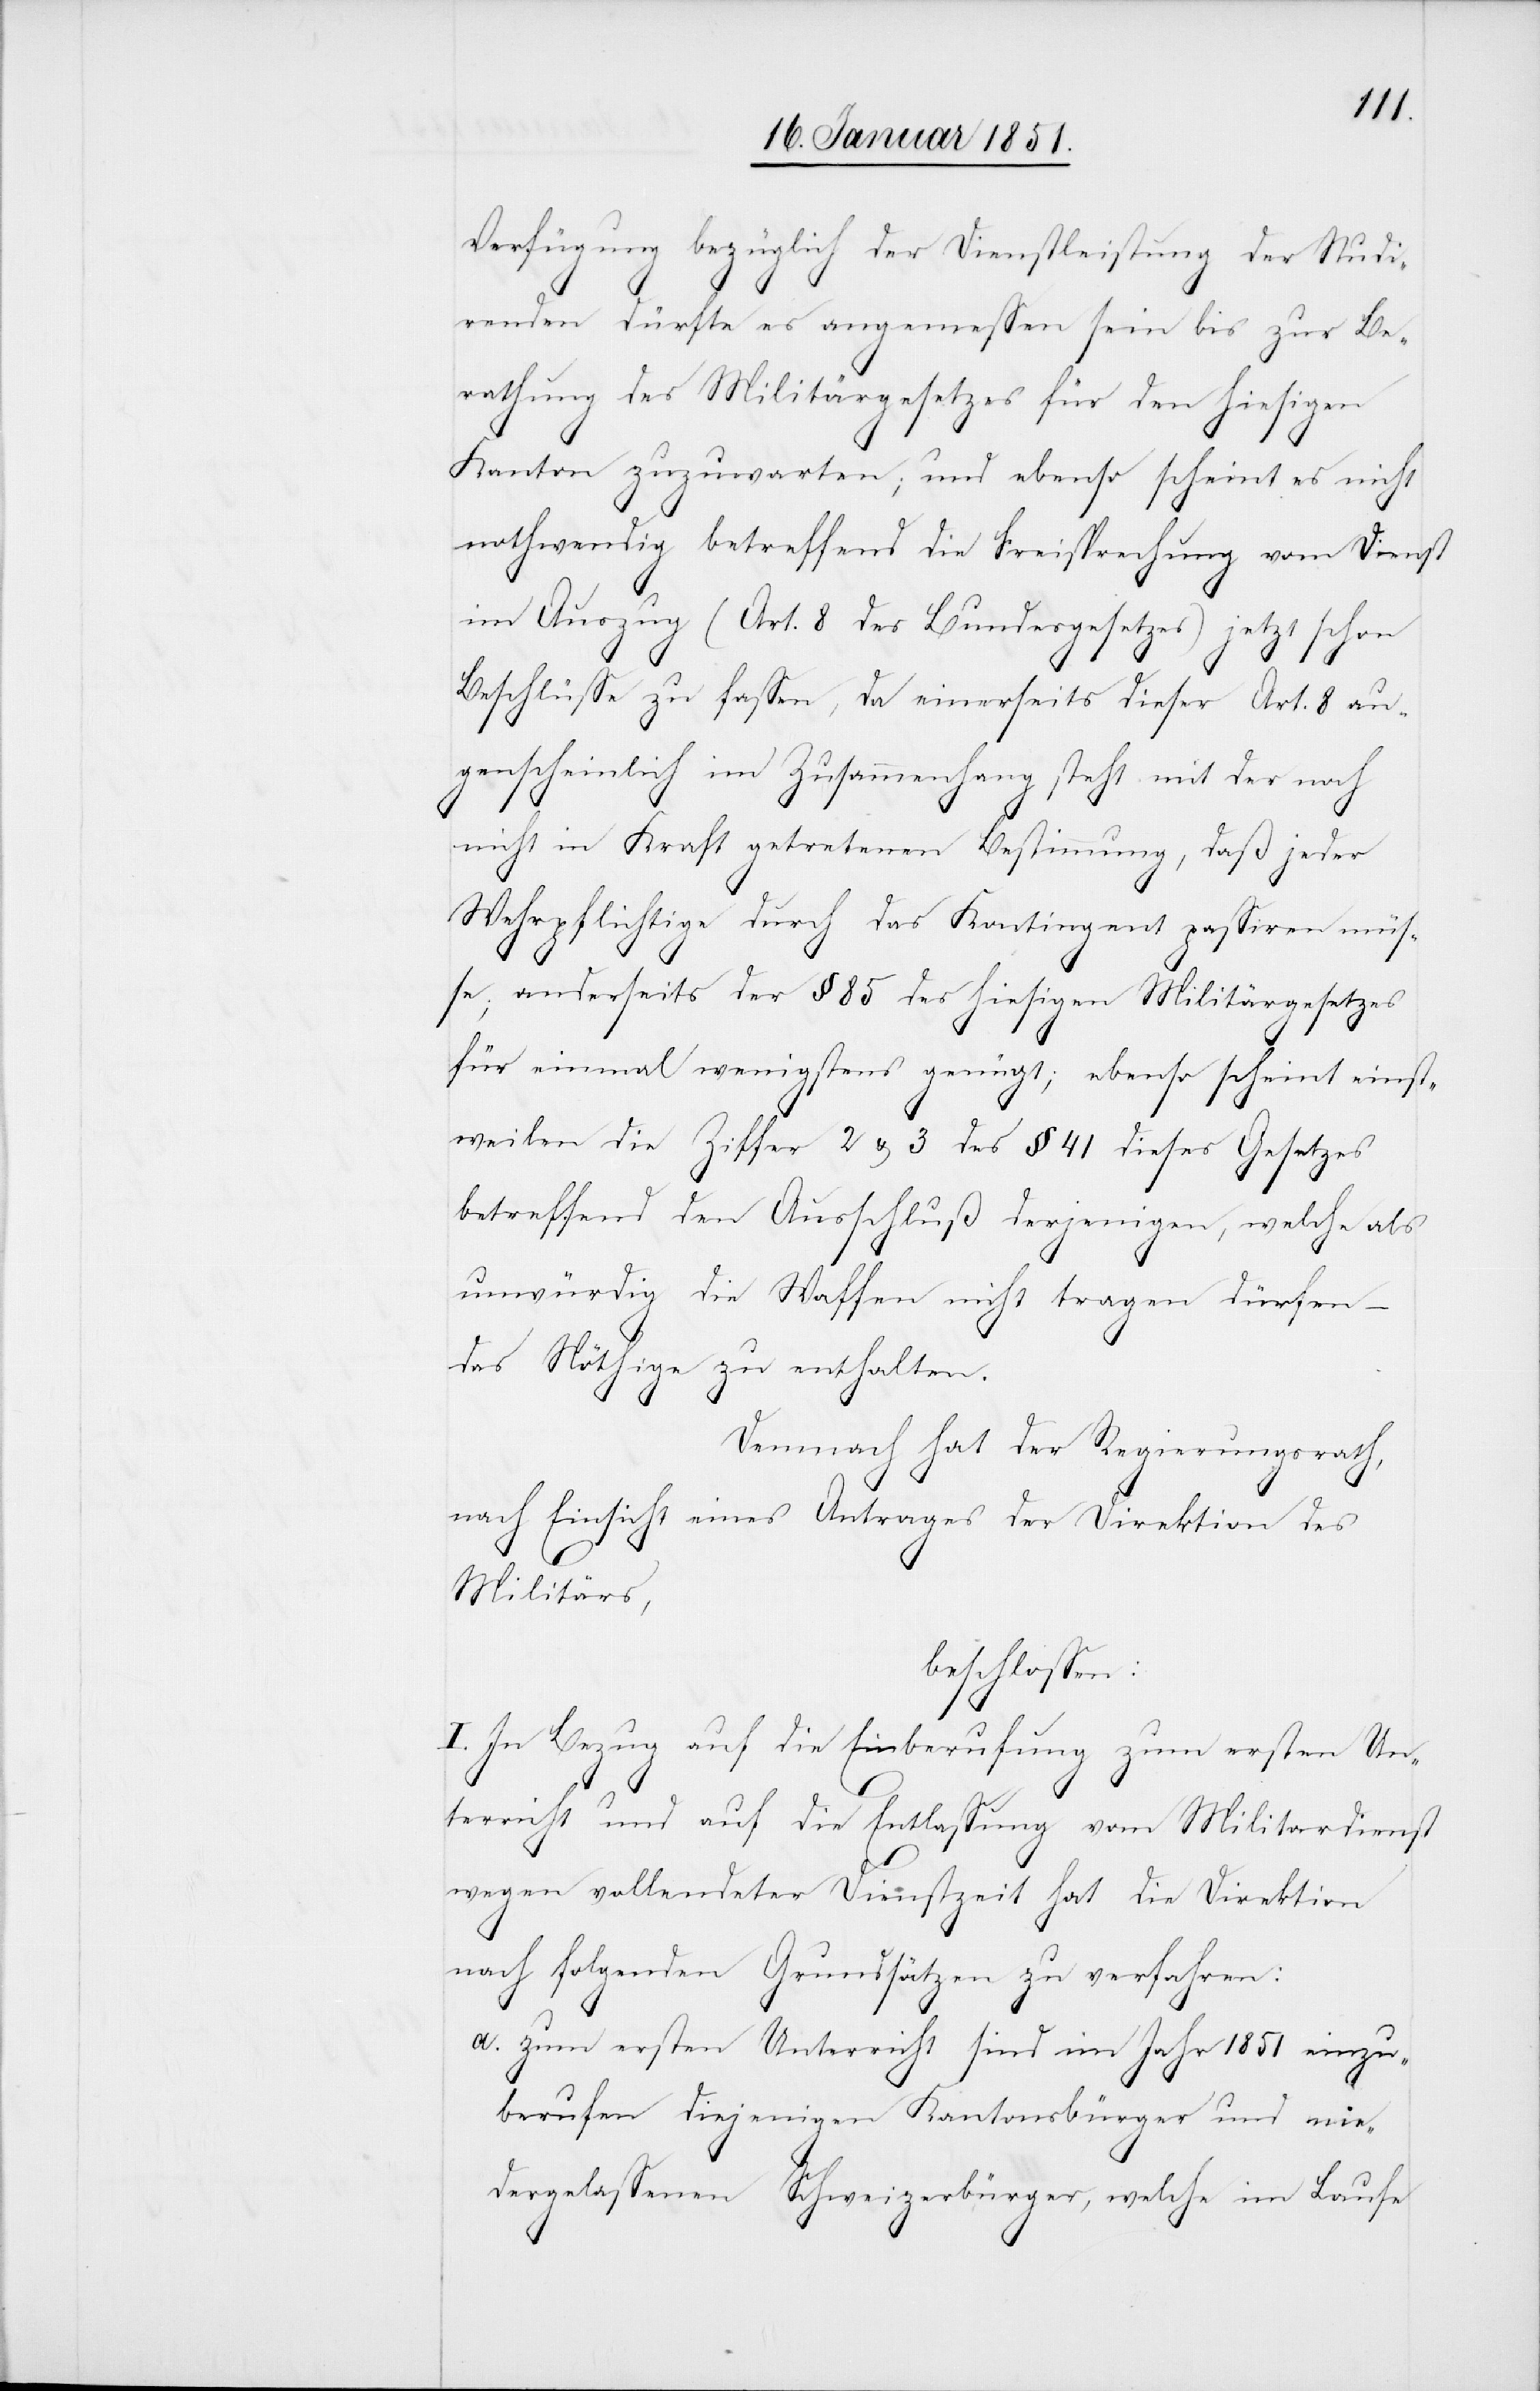
Verfügung bezüglich der Dienstleistung der Studi¬
renden dürfte es angemessen sein bis zur Be¬
rathung des Militärgesetzes für den hiesigen
Kanton zuzuwarten; und ebenso scheint es nicht
nothwendig betreffend die Freisprechung vom Dienst
im Auszug (Art. 8 des Bundesgesetzes) jetzt schon
Beschlüsse zu fassen, da einerseits dieser Art. 8 au¬
genscheinlich im Zusammenhang steht mit der noch
nicht in Kraft getretenen Bestimmung, daß jeder
Wehrpflichtige durch das Kontingent passiren müs¬
se; anderseits der § 85 des hiesigen Militärgesetzes
für einmal wenigstens genügt; ebenso scheint einst¬
weilen die Ziffer 2 & 3 des § 41 dieses Gesetzes
betreffend den Ausschluß derjenigen, welche als
unwürdig die Waffen nicht tragen dürfen –
das Nöthige zu enthalten.
Demnach hat der Regierungsrath,
nach Einsicht eines Antrages der Direktion des
Militärs,
beschlossen:
I. In Bezug auf die Einberufung zum ersten Un¬
terricht und auf die Entlassung vom Militärdienst
wegen vollendeter Dienstzeit hat die Direktion
nach folgenden Grundsätzen zu verfahren:
zum ersten Unterricht sind im Jahr 1851 einzu¬
berufen diejenigen Kantonsbürger und nie¬
dergelassenen Schweizerbürger, welche im Laufe